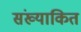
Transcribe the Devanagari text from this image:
संख्याकित